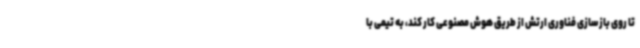
تا روی بازسازی فناوری ارتش از طریق هوش مصنوعی کار کند، به تیمی با